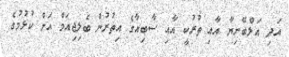
އަދި އަލްބޭނިޔާ އާއި ތުރުކީ އާއި ސާބިއާގެ އިތުރުން ބެލިޖިއަމް އަށް ކުޅުމުގެ